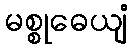
မစ္စုဓေယျံ